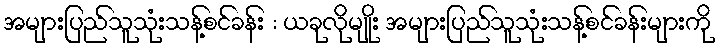
အများပြည်သူသုံးသန့်စင်ခန်း : ယခုလိုမျိုး အများပြည်သူသုံးသန့်စင်ခန်းများကို